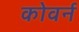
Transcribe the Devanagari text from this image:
कोवर्न